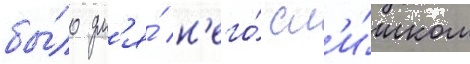
бы́ло дл'я́ н'его́ сл'и́шком